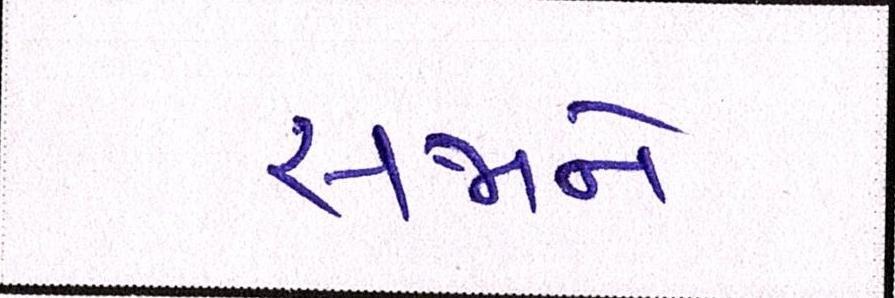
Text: સજાને